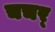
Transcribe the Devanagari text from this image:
चचर्